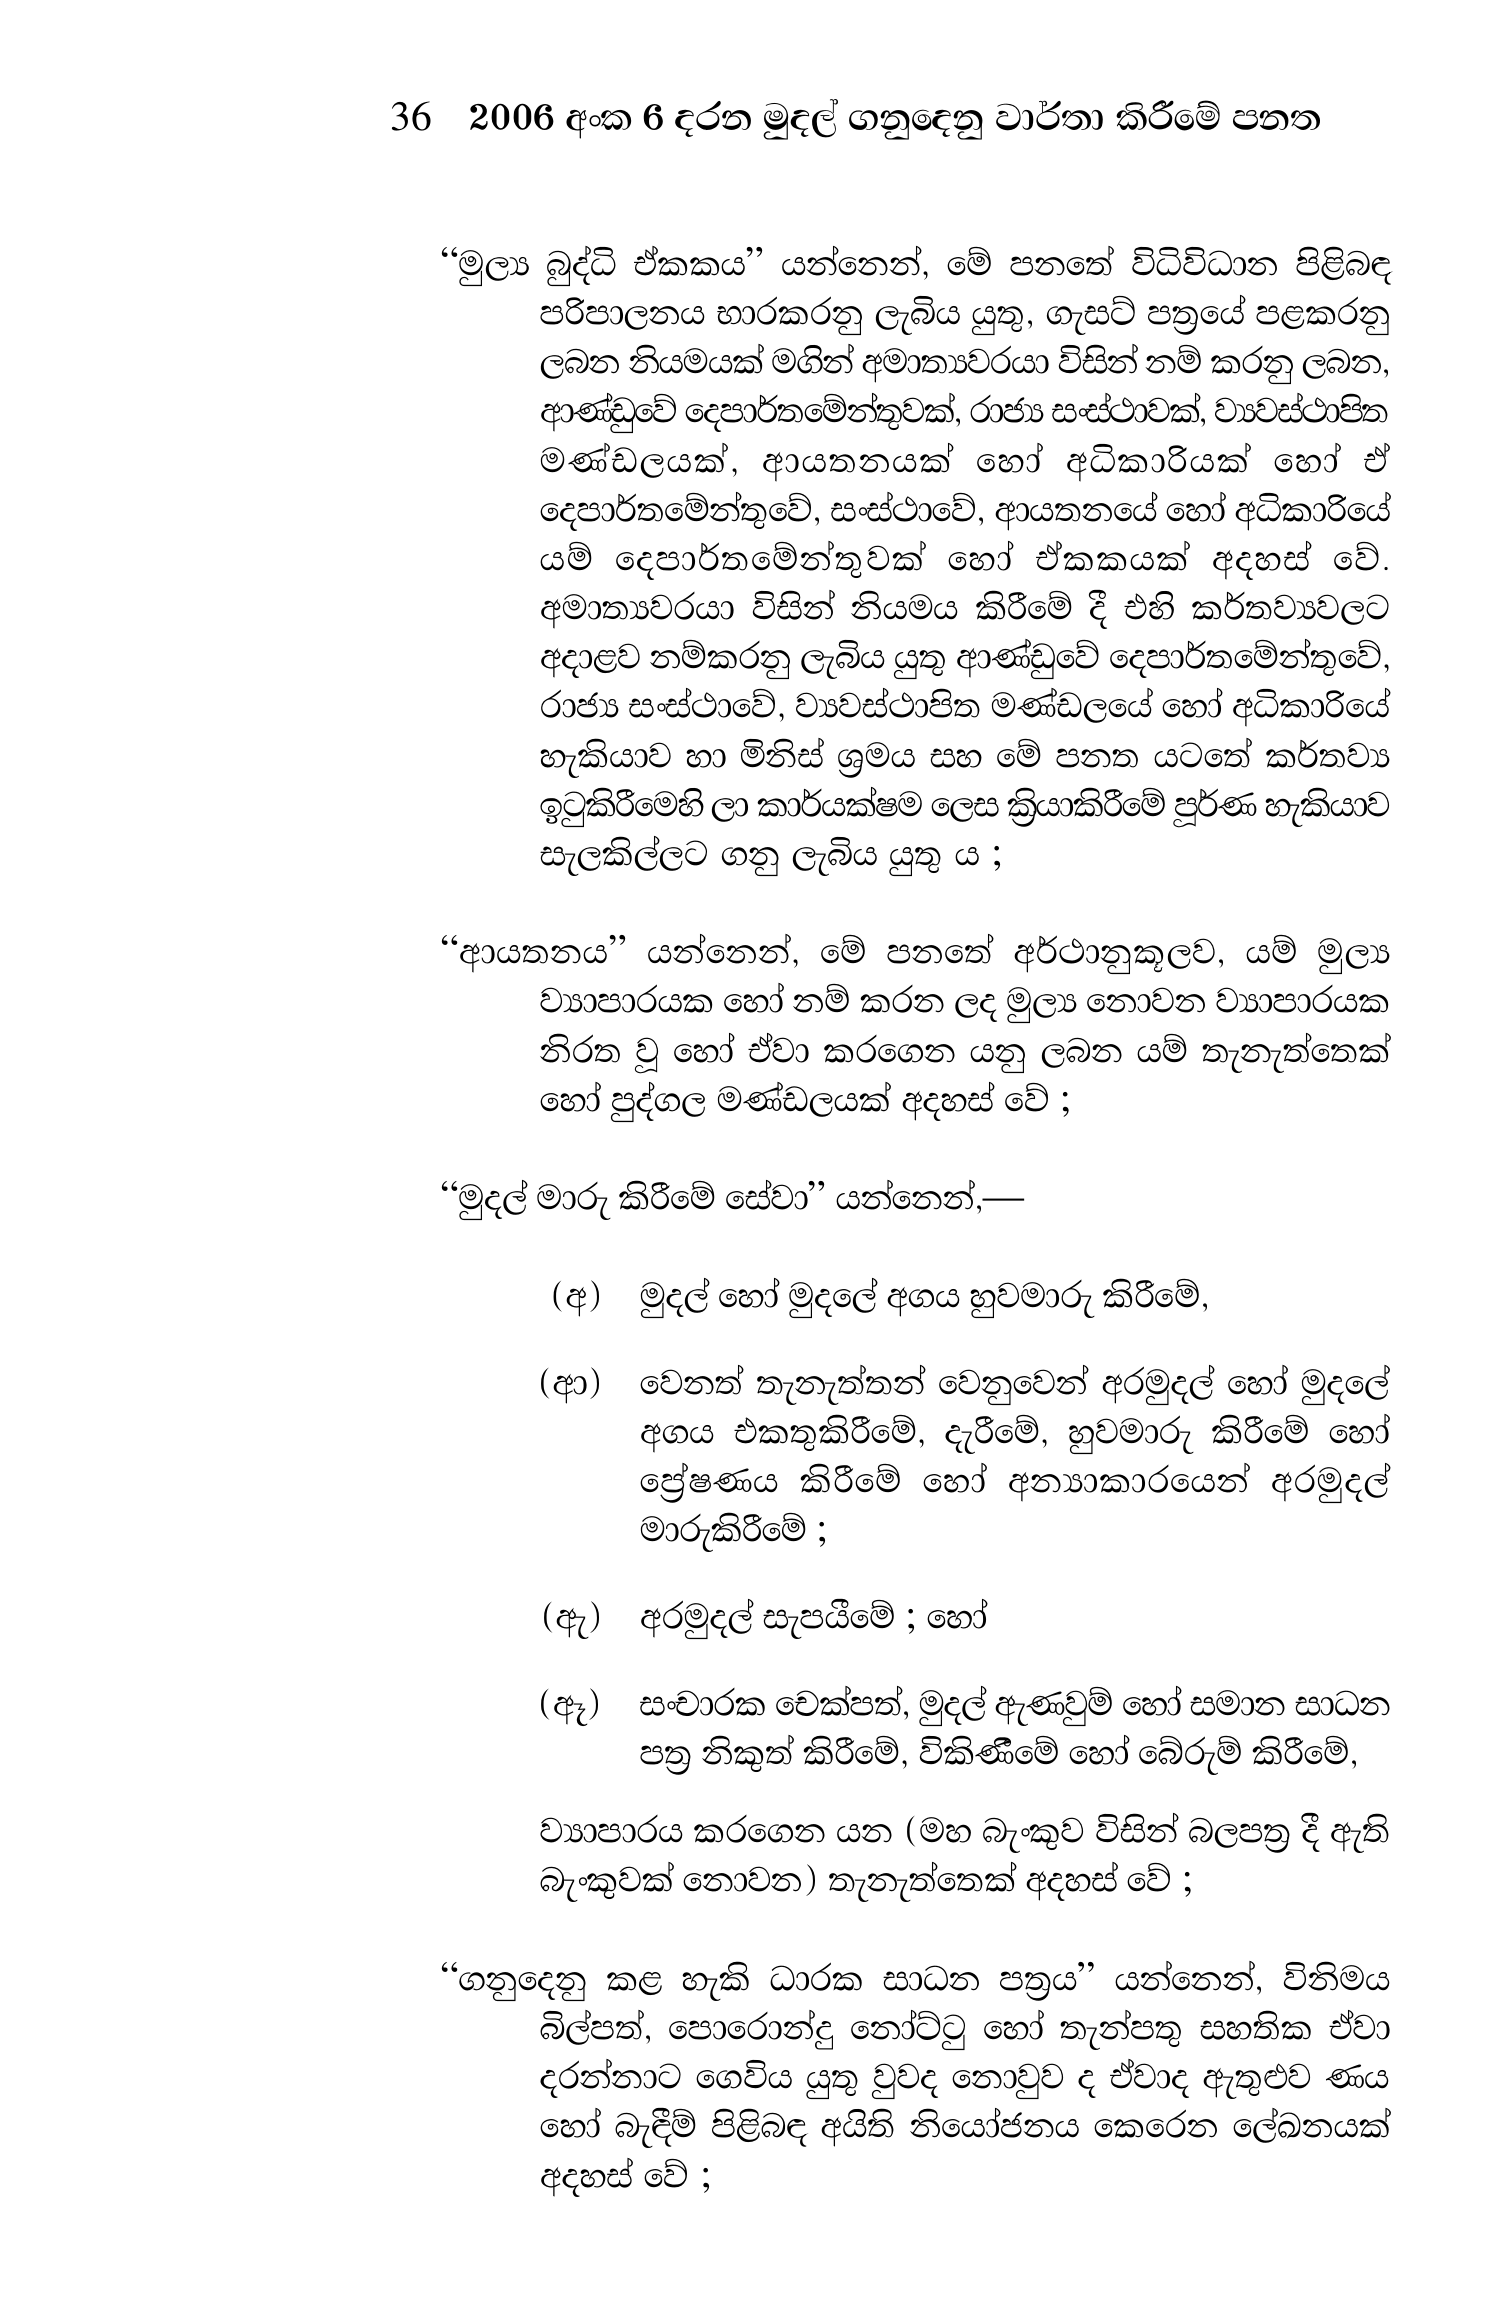
36 2006 අංක 6 දරන මුදල් ගනුදෙනු වාර්තා කිරීමේ පනත

“මුල්‍ය බුද්ධි ඒකකය” යන්නෙන්, මේ පනතේ විධිවිධාන පිළිබඳ
පරිපාලනය භාරකරනු ලැබිය යුතු, ගැසට් පත්‍රයේ පළකරනු
ලබන නියමයක් මගින් අමාත්‍යවරයා විසින් නම් කරනු ලබන,
ආණ්ඩුවේ දෙපාර්තමේන්තුවක්, රාජ්‍ය සංස්ථාවක්, ව්‍යවස්ථාපිත
මණ්ඩලයක්, ආයතනයක් හෝ අධිකාරියක් හෝ ඒ
දෙපාර්තමේන්තුවේ, සංස්ථාවේ, ආයතනයේ හෝ අධිකාරියේ
යම් දෙපාර්තමේන්තුවක් හෝ ඒකකයක් අදහස් වේ.
අමාත්‍යවරයා විසින් නියමය කිරීමේ දී එහි කර්තව්‍යවලට
අදාළව නම්කරනු ලැබිය යුතු ආණ්ඩුවේ දෙපාර්තමේන්තුවේ,
රාජ්‍ය සංස්ථාවේ, ව්‍යවස්ථාපිත මණ්ඩලයේ හෝ අධිකාරියේ
හැකියාව හා මිනිස් ශ්‍රමය සහ මේ පනත යටතේ කර්තව්‍ය
ඉටුකිරීමෙහි ලා කාර්යක්ෂම ලෙස ක්‍රියාකිරීමේ පූර්ණ හැකියාව
සැලකිල්ලට ගනු ලැබිය යුතු ය ;

“ආයතනය” යන්නෙන්, මේ පනතේ අර්ථානුකූලව, යම් මුල්‍ය
ව්‍යාපාරයක හෝ නම් කරන ලද මුල්‍ය නොවන ව්‍යාපාරයක
නිරත වූ හෝ ඒවා කරගෙන යනු ලබන යම් තැනැත්තෙක්
හෝ පුද්ගල මණ්ඩලයක් අදහස් වේ ;

“මුදල් මාරු කිරීමේ සේවා” යන්නෙන්,—

(අ) මුදල් හෝ මුදලේ අගය හුවමාරු කිරීමේ,

(ආ) වෙනත් තැනැත්තන් වෙනුවෙන් අරමුදල් හෝ මුදලේ
අගය එකතුකිරීමේ, දැරීමේ, හුවමාරු කිරීමේ හෝ
ප්‍රේෂණය කිරීමේ හෝ අන්‍යාකාරයෙන් අරමුදල්
මාරුකිරීමේ ;

(ඇ) අරමුදල් සැපයීමේ ; හෝ

(ඈ) සංචාරක චෙක්පත්, මුදල් ඇණවුම් හෝ සමාන සාධන
පත්‍ර නිකුත් කිරීමේ, විකිණීමේ හෝ බේරුම් කිරීමේ,

ව්‍යාපාරය කරගෙන යන (මහ බැංකුව විසින් බලපත්‍ර දී ඇති
බැංකුවක් නොවන) තැනැත්තෙක් අදහස් වේ ;

“ගනුදෙනු කළ හැකි ධාරක සාධන පත්‍රය” යන්නෙන්, විනිමය
බිල්පත්, පොරොන්දු නෝට්ටු හෝ තැන්පතු සහතික ඒවා
දරන්නාට ගෙවිය යුතු වුවද නොවුව ද ඒවාද ඇතුළුව ණය
හෝ බැඳීම් පිළිබඳ අයිති නියෝජනය කෙරෙන ලේඛනයක්
අදහස් වේ ;